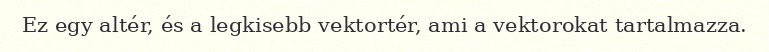
Ez egy altér, és a legkisebb vektortér, ami a vektorokat tartalmazza.